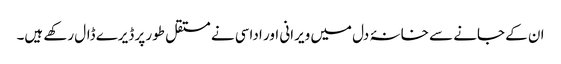
ان کے جانے سے خانۂ دل میں ویرانی اور اداسی نے مستقل طور پر ڈیرے ڈال رکھے ہیں۔